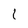
Character: 1